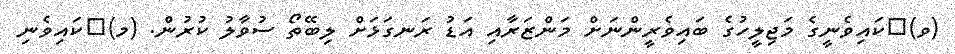
(ވ)	ކައިވެނީގެ މަޖިލީހުގެ ބައިވެރީންނަށް މަންޒަރާއި އަޑު ރަނގަޅަށް ލިބޭތޯ ސުވާލު ކުރުން. (މ)	ކައިވެނި